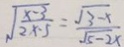
\sqrt { \frac { x - 3 } { 2 x - 5 } } = \frac { \sqrt { 3 - x } } { \sqrt { 5 - 2 x } }